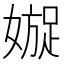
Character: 𡡍